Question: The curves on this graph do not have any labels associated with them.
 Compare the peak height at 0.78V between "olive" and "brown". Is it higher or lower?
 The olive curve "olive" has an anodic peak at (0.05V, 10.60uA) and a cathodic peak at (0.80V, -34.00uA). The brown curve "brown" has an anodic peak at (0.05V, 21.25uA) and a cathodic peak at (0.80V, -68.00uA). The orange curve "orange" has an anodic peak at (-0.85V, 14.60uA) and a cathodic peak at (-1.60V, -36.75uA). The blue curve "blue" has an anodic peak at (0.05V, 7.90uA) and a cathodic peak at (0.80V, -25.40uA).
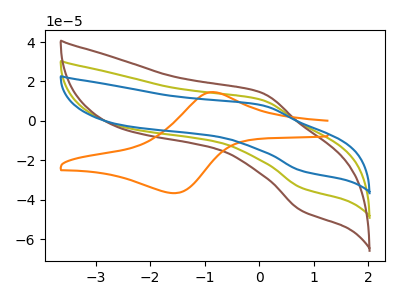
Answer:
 <answer>The peak at 0.78V is lower in "olive" than in "brown".</answer>
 <eval>lower</eval>